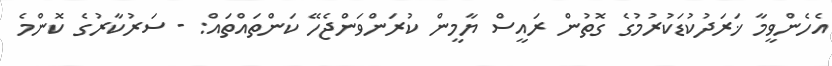
އެހެންވީމާ ޚަރަދުކުޑަކުރުމުގެ ގޮތުން ރައީސް ޔާމީން ކުރަންވަންޖެހޭ ކަންތައްތައް: - ސަރުކާރުގެ ކޮންމެ